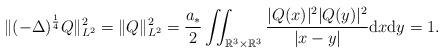
LaTeX: \begin{align*}\|(-\Delta)^{\frac{1}{4}}Q\|_{L^{2}}^{2} = \|Q\|_{L^{2}}^{2} = \frac{a_{*}}{2}\iint_{\mathbb{R}^{3}\times\mathbb{R}^{3}}\frac{|Q(x)|^{2}|Q(y)|^{2}}{|x-y|}{\rm d}x{\rm d}y=1.\end{align*}